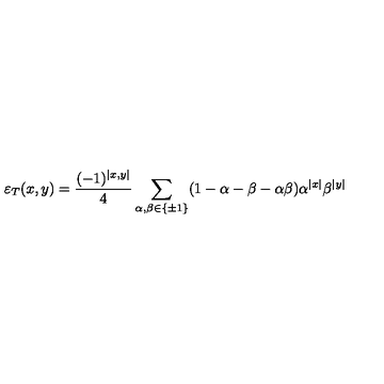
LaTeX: \varepsilon _ { T } ( x , y ) = \frac { ( - 1 ) ^ { \left| x , y \right| } } { 4 } \sum _ { \alpha , \beta \in \left\{ \pm 1 \right\} } ( 1 - \alpha - \beta - \alpha \beta ) \alpha ^ { \left| x \right| } \beta ^ { \left| y \right| }